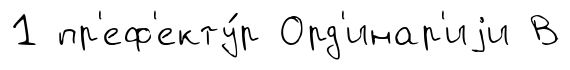
1 пр'еф'екту́р Орд'инар'иjи В